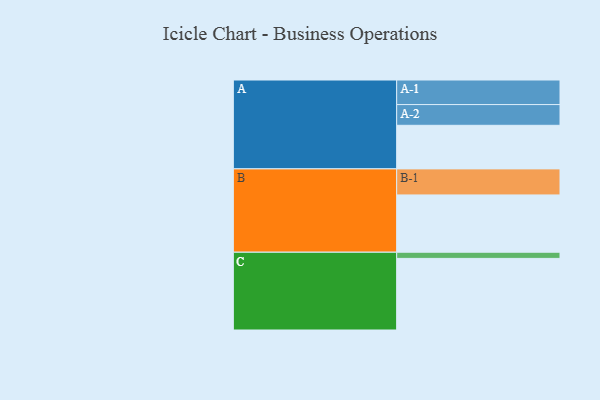
{"axis": {"x": "Segment", "y": "Value"}, "legend": ["", "A", "B", "C"], "data": [{"x": "A", "y": 353, "type": ""}, {"x": "B", "y": 464, "type": ""}, {"x": "C", "y": 580, "type": ""}, {"x": "A-1", "y": 199, "type": "A"}, {"x": "A-2", "y": 168, "type": "A"}, {"x": "B-1", "y": 211, "type": "B"}, {"x": "C-1", "y": 50, "type": "C"}]}